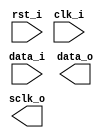
// This program was cloned from: https://github.com/M17-Project/OpenHT-fpga
// License: GNU General Public License v3.0

/*******************************************************************************
    Verilog netlist generated by IPGEN Lattice Radiant Software (64-bit)
    2022.1.1.289.4
    Soft IP Version: 1.6.0
    2023 06 18 18:37:09
*******************************************************************************/
/*******************************************************************************
    Wrapper Module generated per user settings.
*******************************************************************************/
module ddr_rx (rst_i, data_i, clk_i, data_o, sclk_o)/* synthesis syn_black_box syn_declare_black_box=1 */;
    input  rst_i;
    input  [0:0]  data_i;
    input  clk_i;
    output  [1:0]  data_o;
    output  sclk_o;
endmodule